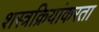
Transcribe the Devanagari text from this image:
शस्त्रक्रियांकरता